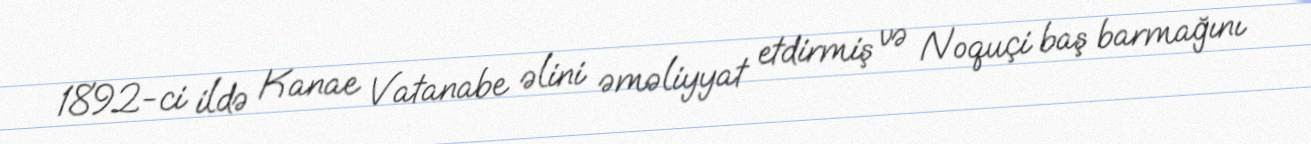
1892-ci ildə Kanae Vatanabe əlini əməliyyat etdirmiş və Noquçi baş barmağını